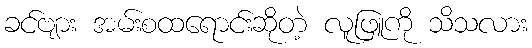
ခင်ဗျား အမ်းစထရောင်းဆိုတဲ့ လူဖြူကို သိသလား